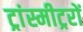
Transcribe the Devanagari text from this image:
ट्रांस्मीट्ररों